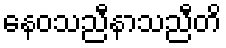
နေဝသညီနာသညီတိ